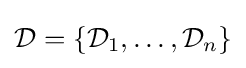
{\mathcal {D}}=\{{\mathcal {D}}_{1},\dots ,{\mathcal {D}}_{n}\}